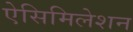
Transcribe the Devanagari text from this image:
ऐसिमिलेशन